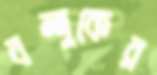
বন্দুকের